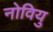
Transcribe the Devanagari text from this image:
नोवियु